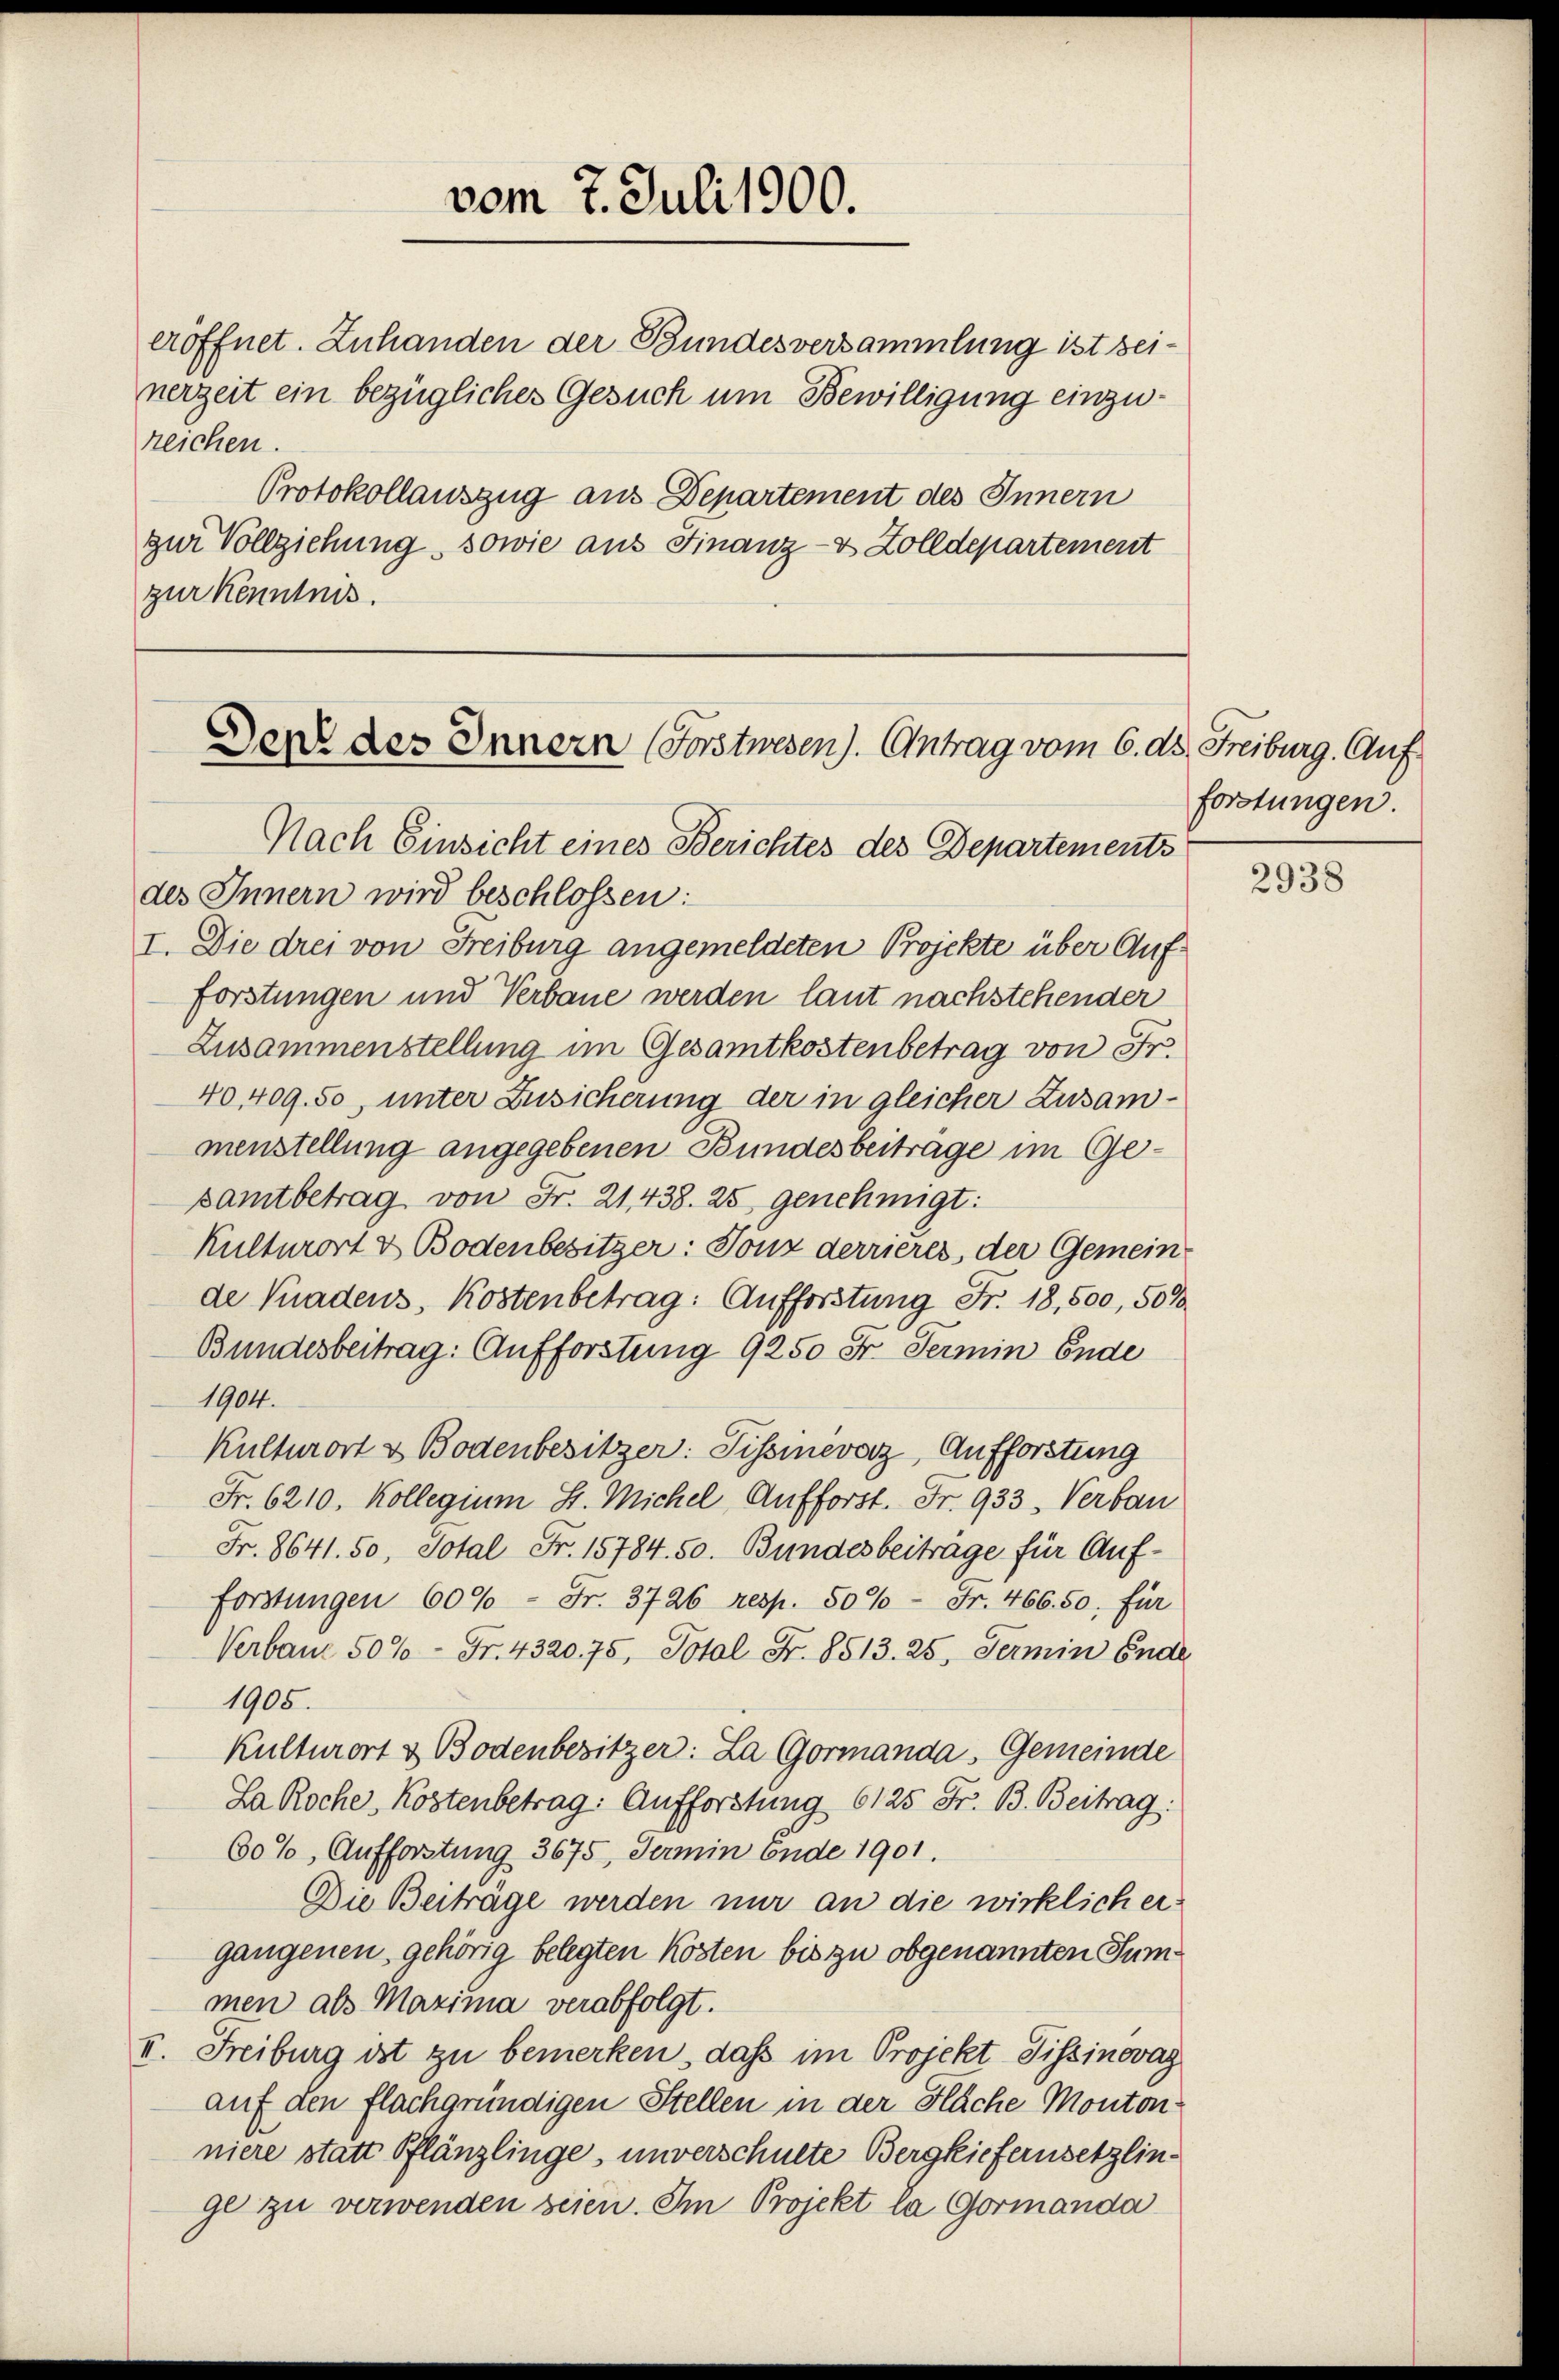
vom 7. Juli 1900.

eröffnet. Zuhanden der Bundesversammlung ist seinerzeit ein bezügliches Gesuch um Bewilligung einzureichen.
Protokollauszug aus Departement des Innern
zur Vollziehung, sowie aus Finanz- & Zolldepartement
zur Kenntnis.

Den des Innern (Forstwesen). Antrag vom 6. ds. Freiburg. Auf

Nach Einsicht eines Berichtes des Departements
des Innern wird beschlossen:
I. Die drei von Freiburg angemeldeten Projekte über Aufforstungen und Verbaue werden laut nachstehender
Zusammenstellung im Gesamtkostenbetrag von Fr.
40409. 50, unter Zusicherung der in gleicher Zusammenstellung angegebenen Bundesbeitrage im Gesamtbetrag von Fr. 21, 438. 25 genehmigt:
Kultwort & Bodenbesitzer: Tonz derrieres, der Gemeinde Gnadens, Kostenbetrag: Aufforstung Fr. 18,500, 50%
Bundesbeitrag: Aufforstung 9250 Fr. Termin Ende
1904.
Kulturort & Bodenbesitzer: Sissinevarz, Aufforstung
Fr. 6210. Kollegium H. Michel, Aufforst. Fr. 933. Verbau
Fr. 8641. 50, Sotal Fr. 15784. 50. Bundesbeiträge für Auf-
Forstungen 600 Fr. 3726 resp. 50%- Fr. 466. 50. für
Verban 500 Fr. 4320. 75, Total Fr. 8513. 25, Termin Ende
1905.
Kulturort & Bodenbesitzer: La Gormanda, Gemeinde
La Roche Kostenbetrag: Aufforstung 6125 Fr. B. Beitrag:
60%, Aufforstung 3675, Termin Ende 1901.
Die Beitrage werden nur an die wirklich ergangenen gehörig belegten Kosten bis zu obgenannten Summen als Maxima verabfolgt.
II. Freiburg ist zu bemerken, daß im Projekt Pissinovag
auf den flachgründigen Stellen in der Fläche Monton
niere statt Pflänzlinge, unverschulte Bergkiefernsetzlinge zu verwenden seien. Im Projekt la Gormanda

forstungen.

2938